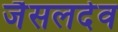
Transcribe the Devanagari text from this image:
जैसलदेव